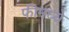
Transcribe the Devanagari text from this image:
फीमध्ये